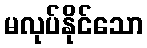
မလုပ်နိုင်သော